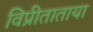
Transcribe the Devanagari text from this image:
विप्रीताताया